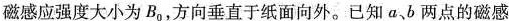
磁感应强度大小为B_{0}，方向垂直于纸面向外。已知a、b两点的磁感